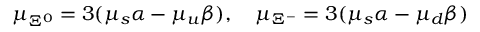
{ \mu } _ { { \Xi } ^ { 0 } } = 3 ( { \mu } _ { s } \alpha - { \mu } _ { u } \beta ) , \quad { \mu } _ { { \Xi } ^ { - } } = 3 ( { \mu } _ { s } \alpha - { \mu } _ { d } \beta )